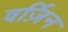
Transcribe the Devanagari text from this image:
वर्ज़िन